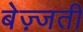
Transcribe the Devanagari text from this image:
बेज़्जती